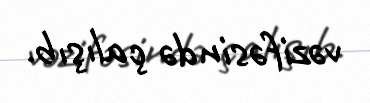
vəzifəsində çalışıb.